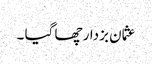
عثمان بزدار چھا گیا ۔